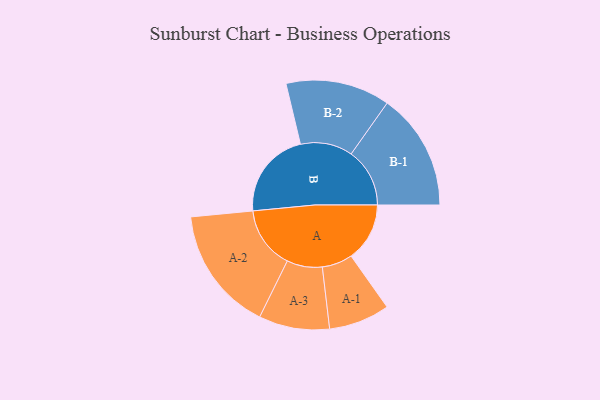
{"axis": {"x": "Segment", "y": "Value"}, "legend": ["", "A", "B"], "data": [{"x": "A", "y": 265, "type": ""}, {"x": "B", "y": 397, "type": ""}, {"x": "A-1", "y": 138, "type": "A"}, {"x": "A-2", "y": 282, "type": "A"}, {"x": "A-3", "y": 160, "type": "A"}, {"x": "B-1", "y": 265, "type": "B"}, {"x": "B-2", "y": 236, "type": "B"}]}